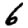
Digit: 6